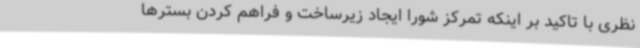
نظری با تاکید بر اینکه تمرکز شورا ایجاد زیرساخت و فراهم کردن بسترها